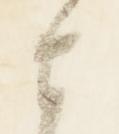
者